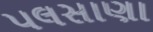
પલસાણા